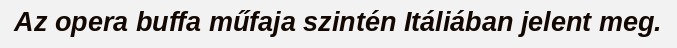
Az opera buffa műfaja szintén Itáliában jelent meg.